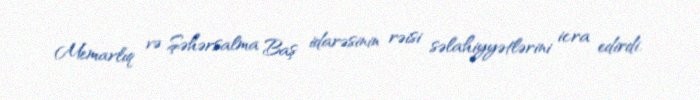
Memarlıq və Şəhərsalma Baş idarəsinin rəisi səlahiyyətlərini icra edirdi.